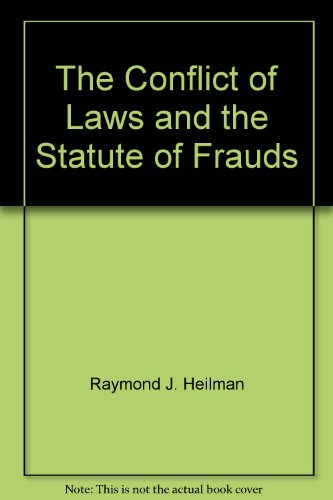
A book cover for The conflict of laws and the statute of frauds; Raymond J Heilman; Law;